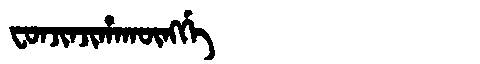
Manchu: ᠸᠣᠨᠵᡳᠨᠵᡳᡥᠠᡴᡡᠩᡤᡝ
Romanization: FONJINJIHAKŪNGGE